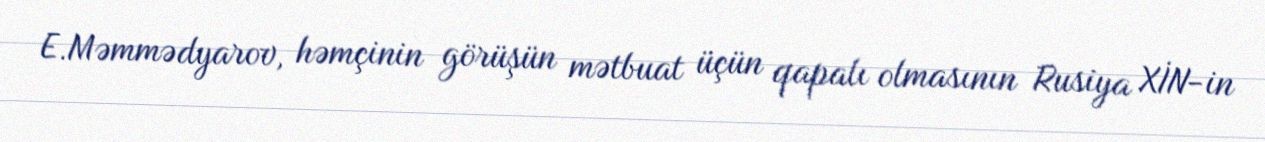
E.Məmmədyarov, həmçinin görüşün mətbuat üçün qapalı olmasının Rusiya XİN-in